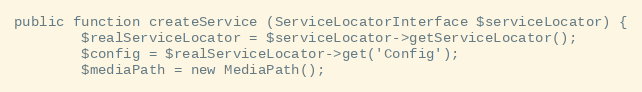
Language: PHP
public function createService (ServiceLocatorInterface $serviceLocator) {
        $realServiceLocator = $serviceLocator->getServiceLocator();
        $config = $realServiceLocator->get('Config');
        $mediaPath = new MediaPath();